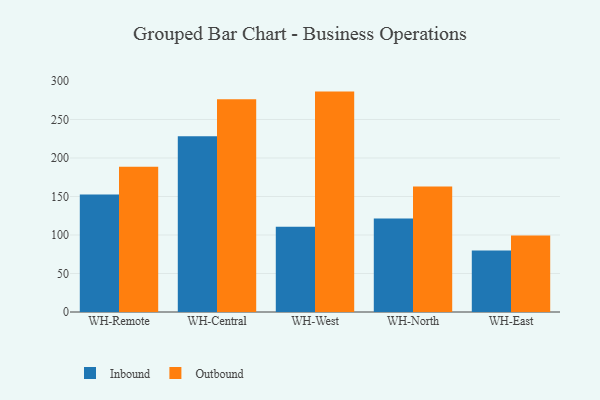
{"axis": {"x": "Warehouse", "y": "Energy Usage (MWh)"}, "legend": ["Inbound", "Outbound"], "data": [{"x": "WH-Remote", "y": 152.7, "type": "Inbound"}, {"x": "WH-Remote", "y": 188.7, "type": "Outbound"}, {"x": "WH-Central", "y": 228.1, "type": "Inbound"}, {"x": "WH-Central", "y": 276.2, "type": "Outbound"}, {"x": "WH-West", "y": 110.7, "type": "Inbound"}, {"x": "WH-West", "y": 286.2, "type": "Outbound"}, {"x": "WH-North", "y": 121.3, "type": "Inbound"}, {"x": "WH-North", "y": 163.0, "type": "Outbound"}, {"x": "WH-East", "y": 79.8, "type": "Inbound"}, {"x": "WH-East", "y": 99.5, "type": "Outbound"}]}